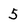
Character: 5